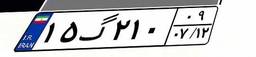
۱۵گ۲۱۰۰۹